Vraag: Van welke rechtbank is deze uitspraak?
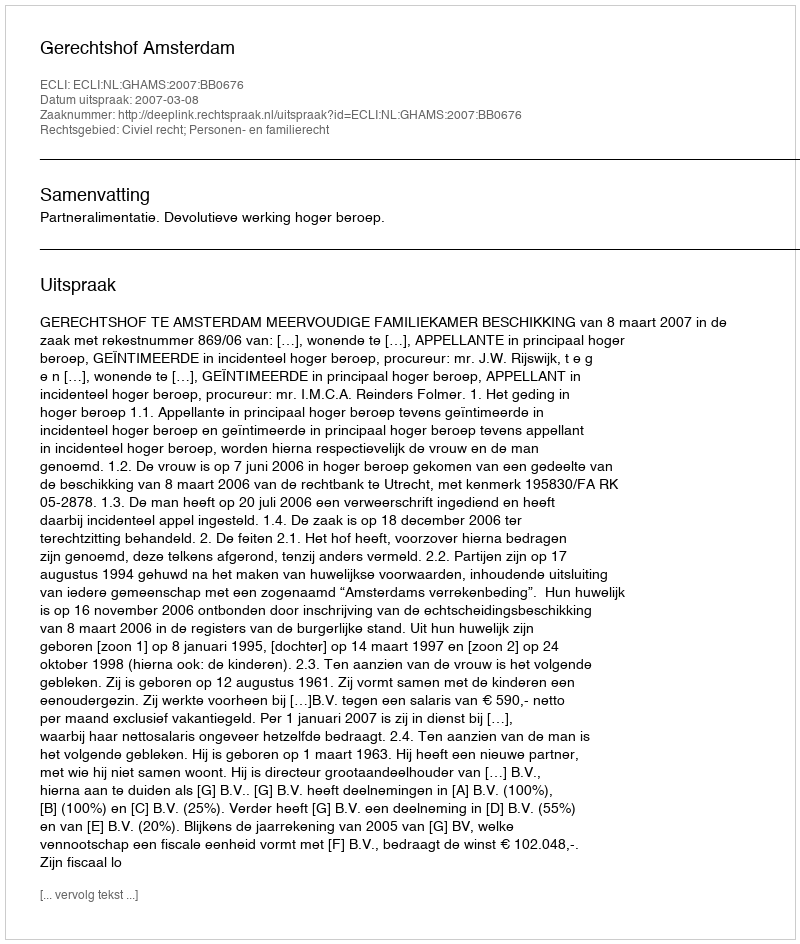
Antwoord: Gerechtshof Amsterdam